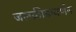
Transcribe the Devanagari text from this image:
जलक्रीडावर्णन